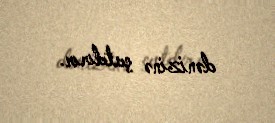
dənizinə çatdırır.